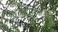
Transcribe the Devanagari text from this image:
बंधार्‍यासारखी